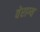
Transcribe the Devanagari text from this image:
वेराग्य